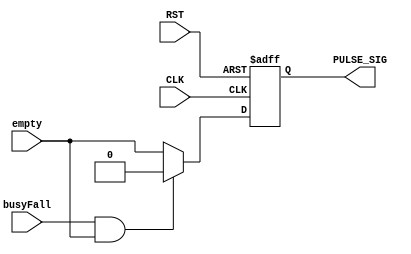
module PULSE_SAMEZERO_GEN(
							input wire CLK,
							input wire RST,
							input busyFall,
							//input data_valid,
							input wire empty,
							output reg PULSE_SIG
							);


always @(posedge CLK or negedge RST) begin
	if(~RST) begin
		PULSE_SIG <= 1'b0;
	end
	else if(busyFall && empty) begin
		PULSE_SIG <= 1'b0;
	end
	// else if(data_valid) begin
	// 	PULSE_SIG <= 1'b0;
	// end
	else begin
		PULSE_SIG <= empty;
	end
end



endmodule